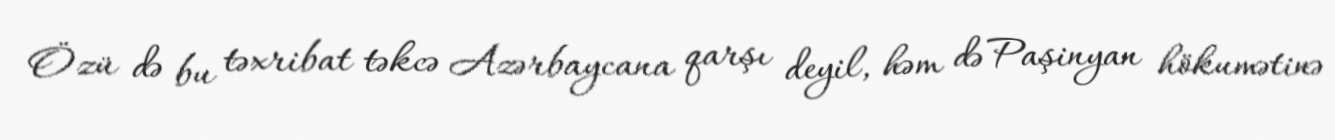
Özü də bu təxribat təkcə Azərbaycana qarşı deyil, həm də Paşinyan hökumətinə